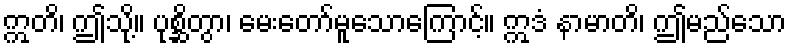
ဣတိ၊ ဤသို့။ ပုစ္ဆိတွာ၊ မေးတော်မူသောကြောင့်။ ဣဒံ နာမာတိ၊ ဤမည်သော